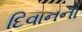
દિવાનનો